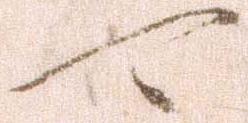
可